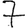
Digit: 7